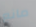
مانع